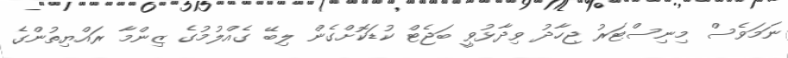
ނަމަވެސް މިނިސްޓަރު ޖިހާދު ވިދާޅުވީ ބަޖެޓް ކުޑަކޮށްގެން ލިބޭ ގެއްލުމުގެ ޒިންމާ ރައްޔިތުންގެ